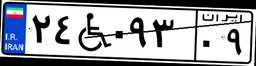
۴۹W۸۹۰۷۵